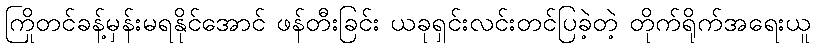
ကြိုတင်ခန့်မှန်းမရနိုင်အောင် ဖန်တီးခြင်း ယခုရှင်းလင်းတင်ပြခဲ့တဲ့ တိုက်ရိုက်အရေးယူ